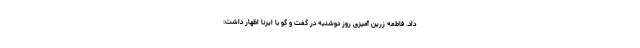
داد. فاطمه زرین آمیزی روز دوشنبه در گفت و گو با ایرنا اظهار داشت: